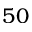
5 0